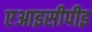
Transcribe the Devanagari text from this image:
एआइसीपीइ